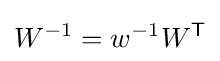
W^{-1}=w^{-1}W^{\mathsf {T}}